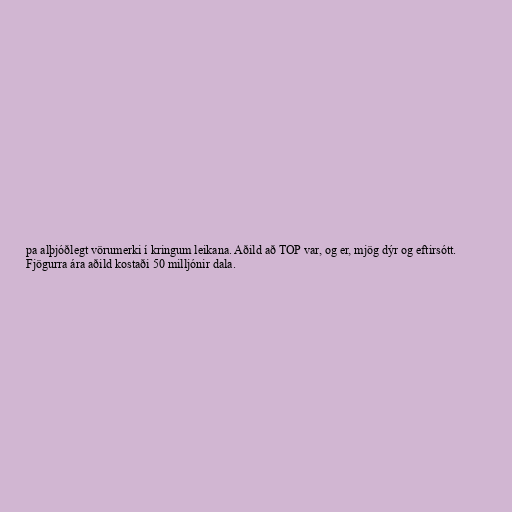
pa alþjóðlegt vörumerki í kringum leikana. Aðild að TOP var, og er, mjög dýr og eftirsótt.
Fjögurra ára aðild kostaði 50 milljónir dala.